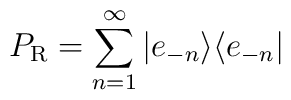
P_{\rm R}=\sum_{n=1}^\infty |e_{-n}\rangle\langle e_{-n}|